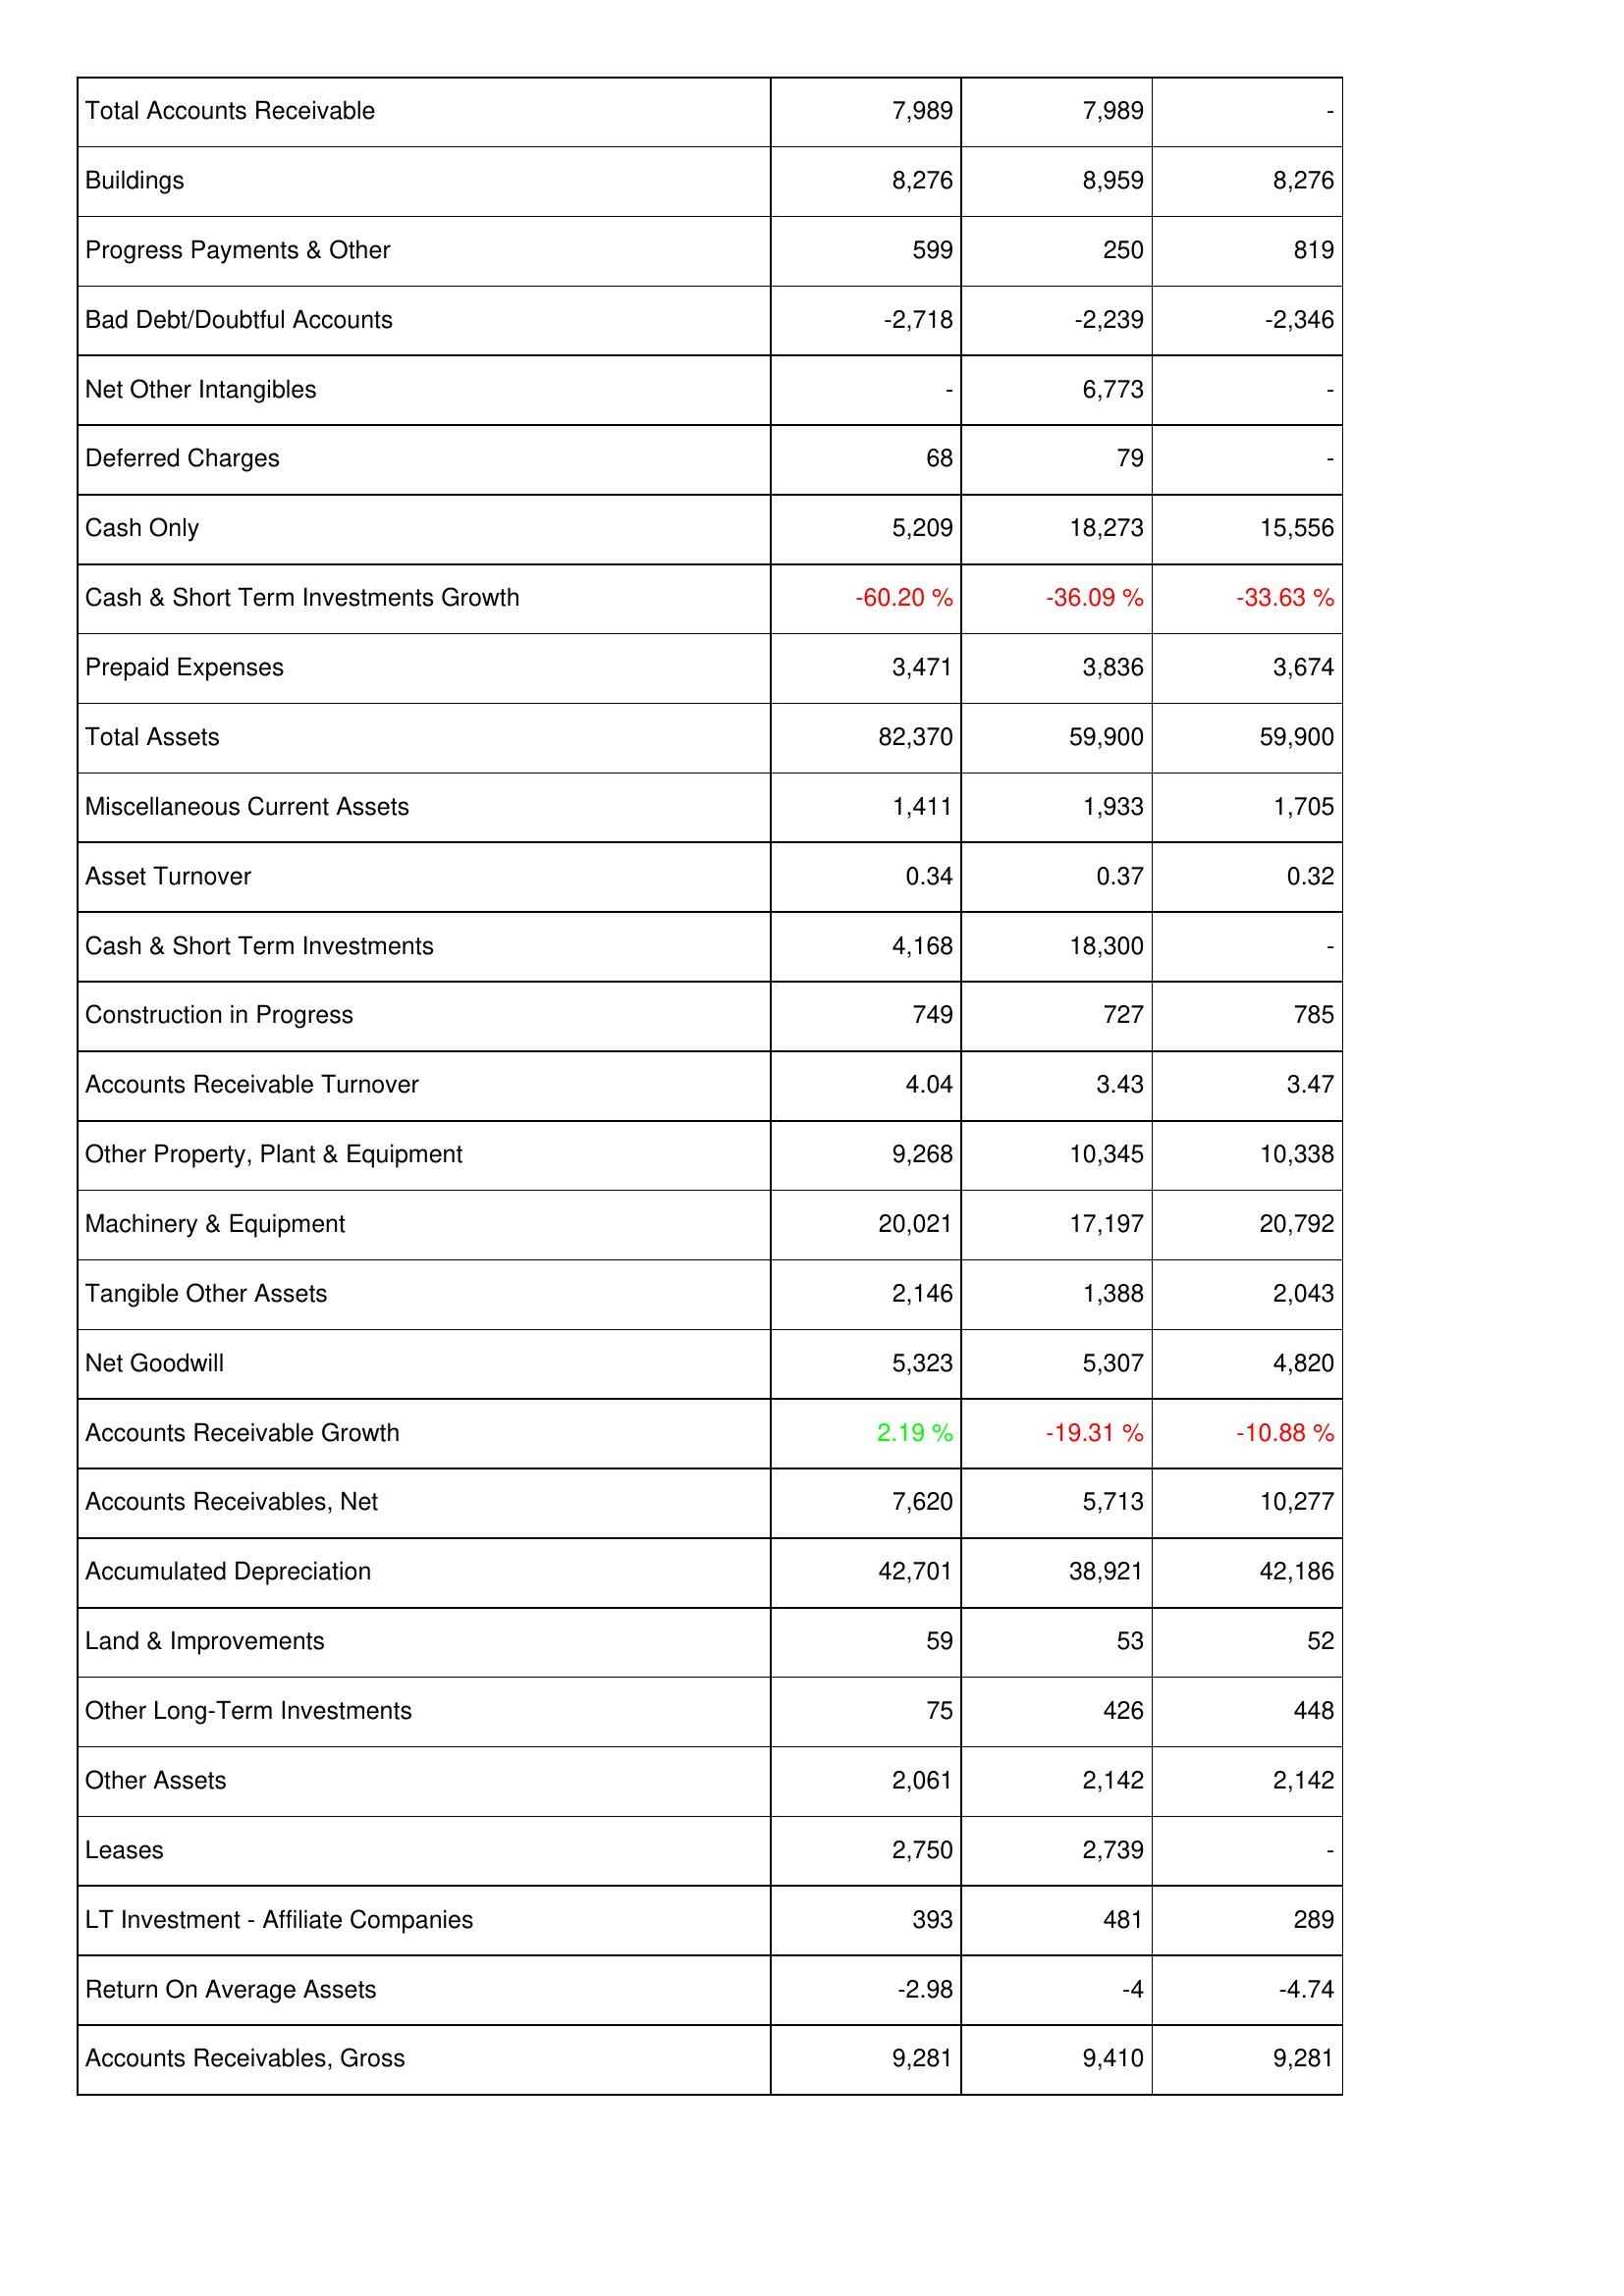
2015: Assets: Total Accounts Receivable: 7,989
Buildings: 8,276
Progress Payments & Other: 599
Bad Debt/Doubtful Accounts: -2,718
Net Other Intangibles: -
Deferred Charges: 68
Cash Only: 5,209
Cash & Short Term Investments Growth: -60.20 %
Prepaid Expenses: 3,471
Total Assets: 82,370
Miscellaneous Current Assets: 1,411
Asset Turnover: 0.34
Cash & Short Term Investments: 4,168
Construction in Progress: 749
Accounts Receivable Turnover: 4.04
Other Property, Plant & Equipment: 9,268
Machinery & Equipment: 20,021
Tangible Other Assets: 2,146
Net Goodwill: 5,323
Accounts Receivable Growth: 2.19 %
Accounts Receivables, Net: 7,620
Accumulated Depreciation: 42,701
Land & Improvements: 59
Other Long-Term Investments: 75
Other Assets: 2,061
Leases: 2,750
LT Investment - Affiliate Companies: 393
Return On Average Assets: -2.98
Accounts Receivables, Gross: 9,281
2014: Assets: Total Accounts Receivable: 7,989
Buildings: 8,959
Progress Payments & Other: 250
Bad Debt/Doubtful Accounts: -2,239
Net Other Intangibles: 6,773
Deferred Charges: 79
Cash Only: 18,273
Cash & Short Term Investments Growth: -36.09 %
Prepaid Expenses: 3,836
Total Assets: 59,900
Miscellaneous Current Assets: 1,933
Asset Turnover: 0.37
Cash & Short Term Investments: 18,300
Construction in Progress: 727
Accounts Receivable Turnover: 3.43
Other Property, Plant & Equipment: 10,345
Machinery & Equipment: 17,197
Tangible Other Assets: 1,388
Net Goodwill: 5,307
Accounts Receivable Growth: -19.31 %
Accounts Receivables, Net: 5,713
Accumulated Depreciation: 38,921
Land & Improvements: 53
Other Long-Term Investments: 426
Other Assets: 2,142
Leases: 2,739
LT Investment - Affiliate Companies: 481
Return On Average Assets: -4
Accounts Receivables, Gross: 9,410
2013: Assets: Total Accounts Receivable: -
Buildings: 8,276
Progress Payments & Other: 819
Bad Debt/Doubtful Accounts: -2,346
Net Other Intangibles: -
Deferred Charges: -
Cash Only: 15,556
Cash & Short Term Investments Growth: -33.63 %
Prepaid Expenses: 3,674
Total Assets: 59,900
Miscellaneous Current Assets: 1,705
Asset Turnover: 0.32
Cash & Short Term Investments: -
Construction in Progress: 785
Accounts Receivable Turnover: 3.47
Other Property, Plant & Equipment: 10,338
Machinery & Equipment: 20,792
Tangible Other Assets: 2,043
Net Goodwill: 4,820
Accounts Receivable Growth: -10.88 %
Accounts Receivables, Net: 10,277
Accumulated Depreciation: 42,186
Land & Improvements: 52
Other Long-Term Investments: 448
Other Assets: 2,142
Leases: -
LT Investment - Affiliate Companies: 289
Return On Average Assets: -4.74
Accounts Receivables, Gross: 9,281